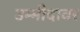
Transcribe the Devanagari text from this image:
उम्मीदावर